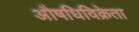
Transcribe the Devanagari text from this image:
औषधिविक्रेता